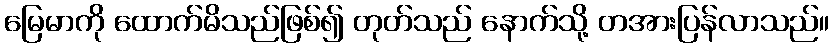
မြေမာကို ထောက်မိသည်ဖြစ်၍ တုတ်သည် နောက်သို့ တအားပြန်လာသည်။